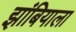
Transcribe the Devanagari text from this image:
झांबियाला